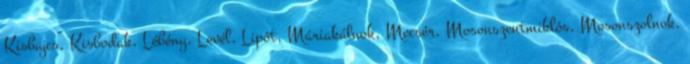
Kisbajcs, Kisbodak, Lébény, Levél, Lipót, Máriakálnok, Mecsér, Mosonszentmiklós, Mosonszolnok,